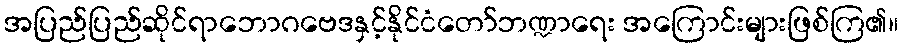
အပြည်ပြည်ဆိုင်ရာဘောဂဗေဒနှင့်နိုင်ငံတော်ဘဏ္ဍာရေး အကြောင်းများဖြစ်ကြ၏။